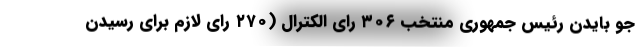
جو بایدن رئیس جمهوری منتخب ۳۰۶ رای الکترال (۲۷۰ رای لازم برای رسیدن